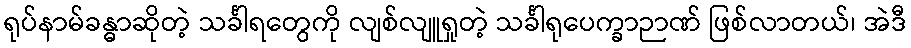
ရုပ်နာမ်ခန္ဓာဆိုတဲ့ သင်္ခါရတွေကို လျစ်လျူရှုတဲ့ သင်္ခါရုပေက္ခာဉာဏ် ဖြစ်လာတယ်၊ အဲဒီ